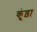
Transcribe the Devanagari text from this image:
कूंड़ा